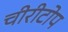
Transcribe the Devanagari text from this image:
चीरीटोप